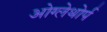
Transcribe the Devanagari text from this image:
ओग्लेथोर्प